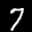
Label: 7